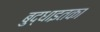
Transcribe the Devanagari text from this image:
बुद्धाइतका